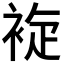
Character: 𲀳